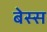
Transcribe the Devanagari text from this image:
बेस्स